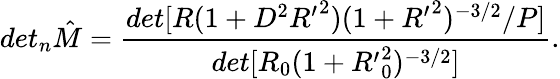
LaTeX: det_{n}{\hat{M}}=\frac{det[R(1+D^{2}{R^{\prime}}^{2})(1+{R^{\prime}}^{2})^{-3/2}/P]}{det[R_{0}(1+{R^{\prime}}_{0}^{2})^{-3/2}]}.